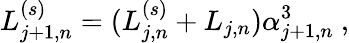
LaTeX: L_{j+1,n}^{(s)}=(L_{j,n}^{(s)}+L_{j,n})\alpha_{j+1,n}^{3}~,